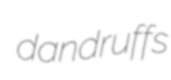
dandruffs